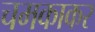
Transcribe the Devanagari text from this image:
चमकाकर